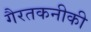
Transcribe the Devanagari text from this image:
गैरतकनीकी